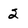
Character: 2